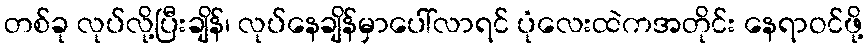
တစ်ခု လုပ်လို့ပြီးချိန်၊ လုပ်နေချိန်မှာပေါ်လာရင် ပုံလေးထဲကအတိုင်း နေရာဝင်ဖို့